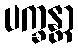
ပက္ခန္တာ